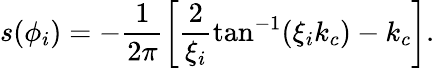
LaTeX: s(\phi_{i})=-\frac{1}{2\pi}\left[\frac{2}{\xi_{i}}\tan^{-1}(\xi_{i}k_{c})-k_{c}\right].